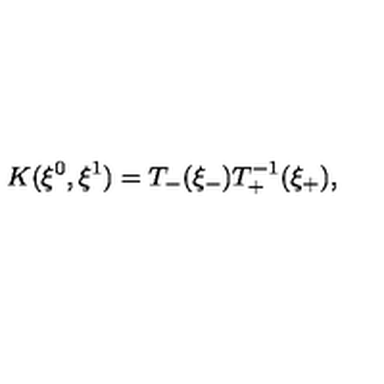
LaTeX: K ( \xi ^ { 0 } , \xi ^ { 1 } ) = T _ { - } ( \xi _ { - } ) T _ { + } ^ { - 1 } ( \xi _ { + } ) ,